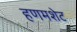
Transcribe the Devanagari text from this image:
हणमशेट